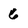
Character: 6